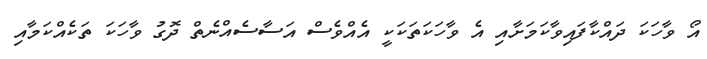
އޯ ވާހަކަ ދައްކާފައިވާކަމަށާއި އެ ވާހަކަތަކަކީ އެއްވެސް އަސާސެއްނެތް ދޮގު ވާހަކަ ތަކެއްކަމާއި